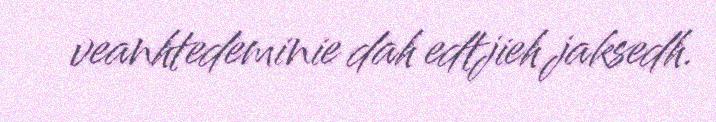
veanhtedeminie dah edtjieh jaksedh.